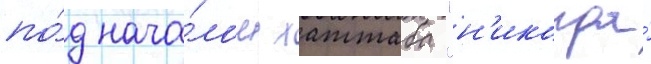
по́д нача́лом хаттаба "н'икогда́